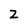
Character: Z